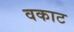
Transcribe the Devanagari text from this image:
वकाट